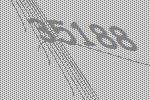
35188